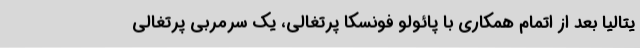
یتالیا بعد از اتمام همکاری با پائولو فونسکا پرتغالی، یک سرمربی پرتغالی